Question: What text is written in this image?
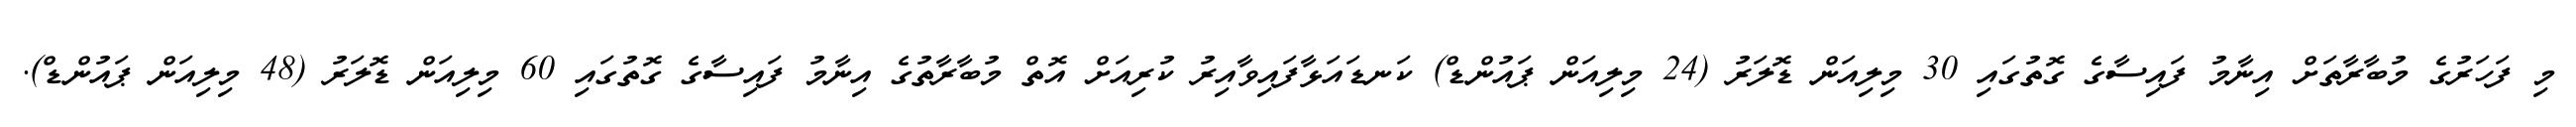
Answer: މި ފަހަރުގެ މުބާރާތަށް އިނާމު ފައިސާގެ ގޮތުގައި 30 މިލިއަން ޑޮލަރު (24 މިލިއަން ޕައުންޑް) ކަނޑައަޅާފައިވާއިރު ކުރިއަށް އޮތް މުބާރާތުގެ އިނާމު ފައިސާގެ ގޮތުގައި 60 މިލިއަން ޑޮލަރު (48 މިލިއަން ޕައުންޑް).